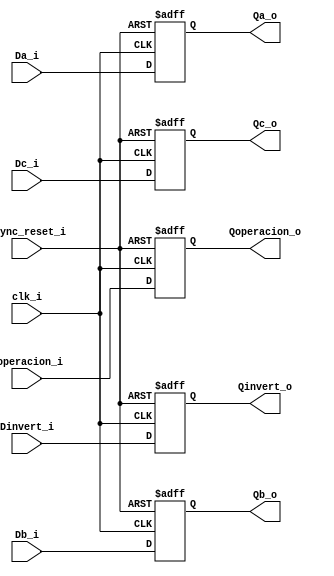
/*
	Grupo:			5CV3
	Proyecto:		ALU_freq
	Archivo:			RisingEdge_DFlipFlop_SyncReset.v
	Equipo:			Equipo 2
	Integrantes:	Alcaraz Cuevas Victor Hugo
						Montoya Morales Luis Antonio
						Navarrete Becerril Sharon Anette
						Quintana Romero Roberto
						Urdaneta Villalobos Paul Alejandro

	Descripcion:	flip flop D entradas de la ALU
*/

module PrimerFlipFlop(
	
	input clk_i,
	input async_reset_i, 
	
	input [31:0] Da_i, 
	input [31:0] Db_i, 
	input Dc_i,
	input [2:0] Doperacion_i, 
	input Dinvert_i, 
	
	output reg [31:0] Qa_o, 
	output reg [31:0] Qb_o, 
	output reg Qc_o,
	output reg [2:0] Qoperacion_o,
	output reg Qinvert_o
);
	
	always @(posedge clk_i,negedge async_reset_i) 
		begin
			 if(async_reset_i == 1'b0) begin
				  Qa_o <= 1'b0; 
				  Qb_o <= 1'b0;
				  Qc_o <= 1'b0;
				  Qoperacion_o <= 1'b0;
				  Qinvert_o <= 1'b0;
			 end else begin
				  Qa_o <= Da_i; 
				  Qb_o <= Db_i; 
				  Qc_o <= Dc_i; 
				  Qoperacion_o <= Doperacion_i; 
				  Qinvert_o <= Dinvert_i; 
			 end
		end

		
endmodule